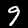
Label: 9